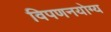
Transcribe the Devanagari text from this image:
विपणनयोग्य